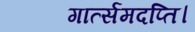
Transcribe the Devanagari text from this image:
गार्त्समदप्ति।